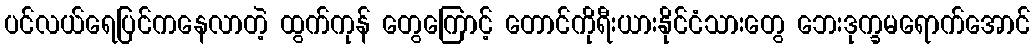
ပင်လယ်ရေပြင်ကနေလာတဲ့ ထွက်ကုန် တွေကြောင့် တောင်ကိုရီးယားနိုင်ငံသားတွေ ဘေးဒုက္ခမရောက်အောင်